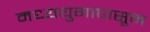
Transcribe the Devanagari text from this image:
मध्ययुगापासून